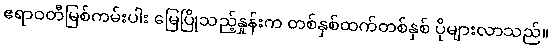
ဧရာဝတီမြစ်ကမ်းပါး မြေပြိုသည့်နှုန်းက တစ်နှစ်ထက်တစ်နှစ် ပိုများလာသည်။